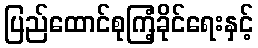
ပြည်ထောင်စုကြံ့ခိုင်ရေးနှင့်